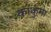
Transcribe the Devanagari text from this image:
काकुमा